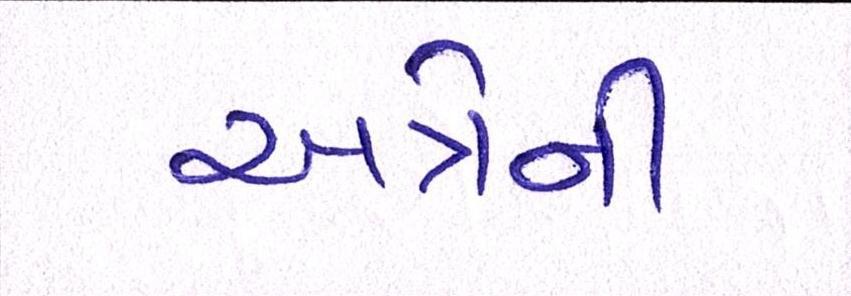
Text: અત્રેની